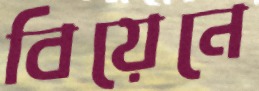
বিয়েনে